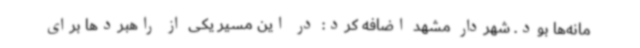
مانه‌ها بود. شهردار مشهد اضافه کرد: در این مسیر یکی از راهبردها برای